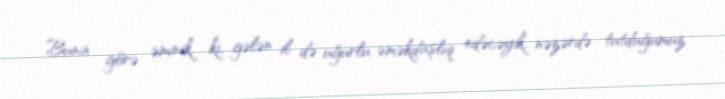
Buna görə əminik ki, gələn il də uğurlu əməkdaşlıq edəcəyik, nəzərdə tutduğumuz